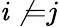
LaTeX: \mathit{i}\not{=}j